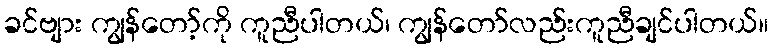
ခင်ဗျား ကျွန်တော့်ကို ကူညီပါတယ်၊ ကျွန်တော်လည်းကူညီချင်ပါတယ်။